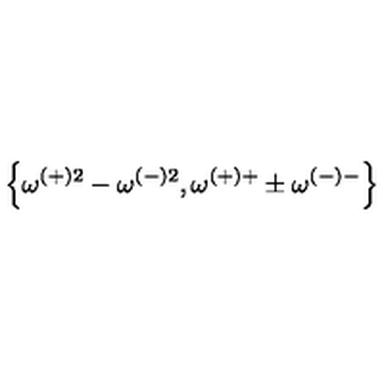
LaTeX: \left\{ \omega ^ { ( + ) 2 } - \omega ^ { ( - ) 2 } , \omega ^ { ( + ) + } \pm \omega ^ { ( - ) - } \right\}